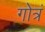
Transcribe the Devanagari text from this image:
गोत्रं